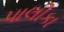
પાલીકા